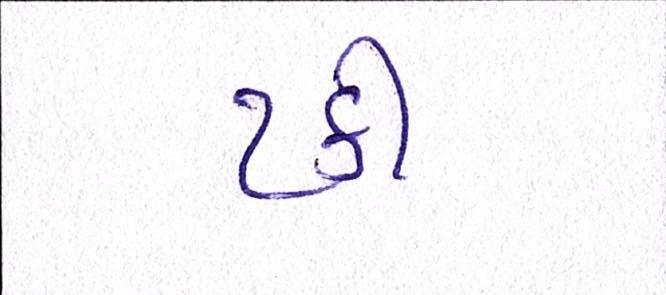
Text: ટકી